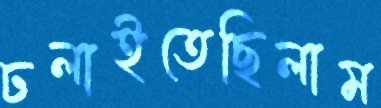
ঢলাইতেছিলাম